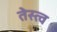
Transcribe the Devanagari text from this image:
तेस्त्व